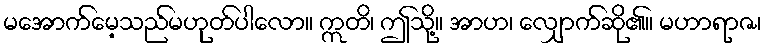
မအောက်မေ့သည်မဟုတ်ပါလော။ ဣတိ၊ ဤသို့။ အာဟ၊ လျှောက်ဆို၏။ မဟာရာဇ၊